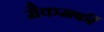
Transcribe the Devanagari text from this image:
मैकमर्फी